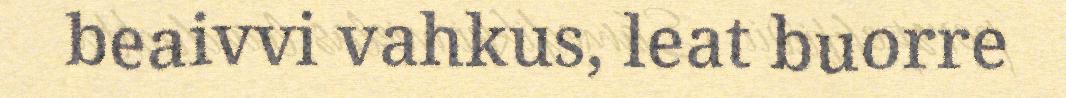
beaivvi vahkus, leat buorre